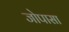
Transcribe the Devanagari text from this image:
जोपासा